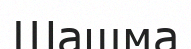
Шашма